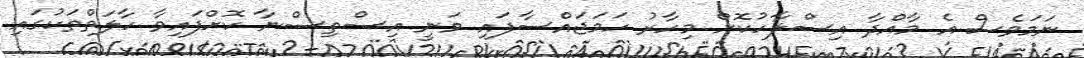
ނަމަވެސް އެ މާއްދާ އިސްލާހުކޮށް މިހާރު ހަމަޖައްސާފައި ވަނީ އިސްތިސްނާ ކޮށްފައިވާ ހާލަތްތަކުގައި